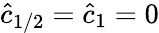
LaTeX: \hat{c}_{1/2}=\hat{c}_{1}=0